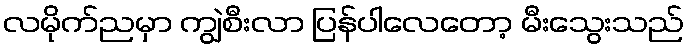
လမိုက်ညမှာ ကျွဲစီးလာ ပြန်ပါလေတော့ မီးသွေးသည်